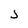
Character: j